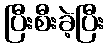
ပြီးစီးခဲ့ပြီး